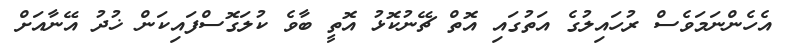
އެހެންނަމަވެސް ރުހައިލުގެ އަތުގައި އޮތް ޗޭނުކޮޅު އޮތީ ބާވެ ކުލަގޮސްފައިކަން ޚުދު އޭނާއަށް